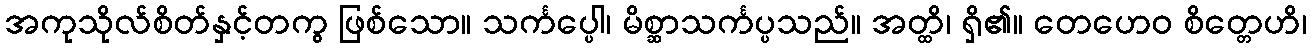
အကုသိုလ်စိတ်နှင့်တကွ ဖြစ်သော။ သင်္ကပ္ပေါ၊ မိစ္ဆာသင်္ကပ္ပသည်။ အတ္ထိ၊ ရှိ၏။ တေဟေဝ စိတ္တေဟိ၊